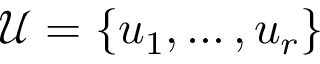
{ \mathcal { U } } = \{ u _ { 1 } , \ldots , u _ { r } \}